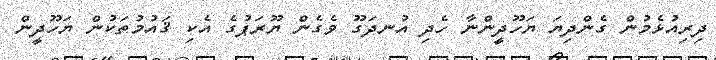
ދިރިއުޅެމުން ގެންދިޔަ ޔަހޫދީންނާ ހެދި އުނދަގޫ ވެގެން ޔޫރަޕުގެ އެކި ޤައުމުތަކުން ޔަހޫދީން